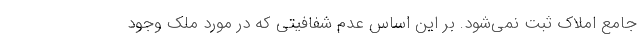
جامع املاک ثبت نمی‌شود. بر این اساس عدم شفافیتی که در مورد ملک وجود